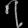
Digit: ၇